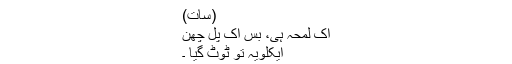
(سات)
اک لمحہ ہی، بس اک پل چھِن
ایکلویہ توؔ ٹوٹ گیا ۔